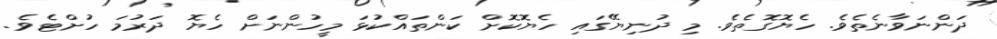
ދަންނަވާނެތެވެ. ހެޔޮގޮތެވެ. މި ދުނިޔޭގައި ހެޔޮކޮށް ކަންތައްކުޅަ މީހުންނަށް ހެޔޮ ދަރުމަ ހުށްޓެވެ.